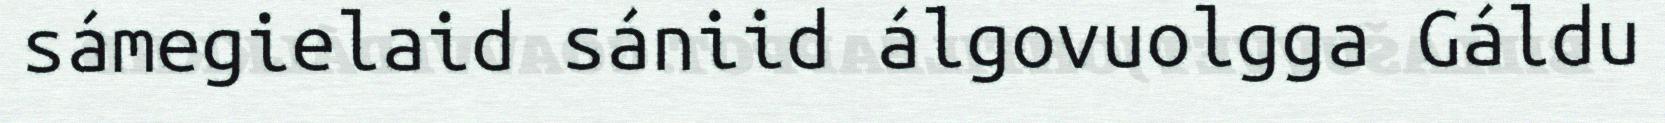
sámegielaid sániid álgovuolgga Gáldu